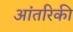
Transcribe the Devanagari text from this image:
आंतरिकी